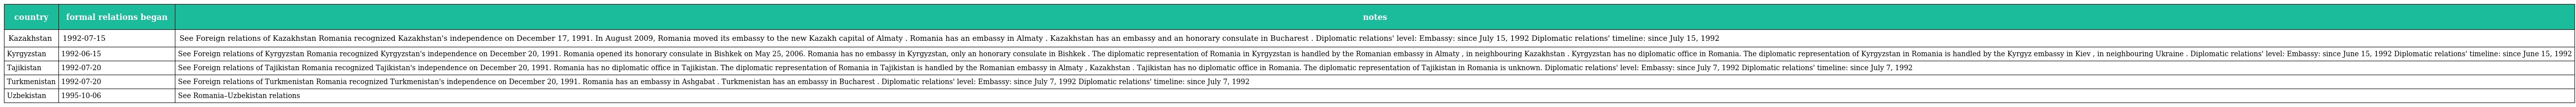
| country | formal relations began | notes |
 | --- | --- | --- |
 | Kazakhstan | 1992-07-15 | See Foreign relations of Kazakhstan Romania recognized Kazakhstan's independence on December 17, 1991. In August 2009, Romania moved its embassy to the new Kazakh capital of Almaty . Romania has an embassy in Almaty . Kazakhstan has an embassy and an honorary consulate in Bucharest . Diplomatic relations' level: Embassy: since July 15, 1992 Diplomatic relations' timeline: since July 15, 1992 |
 | Kyrgyzstan | 1992-06-15 | See Foreign relations of Kyrgyzstan Romania recognized Kyrgyzstan's independence on December 20, 1991. Romania opened its honorary consulate in Bishkek on May 25, 2006. Romania has no embassy in Kyrgyzstan, only an honorary consulate in Bishkek . The diplomatic representation of Romania in Kyrgyzstan is handled by the Romanian embassy in Almaty , in neighbouring Kazakhstan . Kyrgyzstan has no diplomatic office in Romania. The diplomatic representation of Kyrgyzstan in Romania is handled by the Kyrgyz embassy in Kiev , in neighbouring Ukraine . Diplomatic relations' level: Embassy: since June 15, 1992 Diplomatic relations' timeline: since June 15, 1992 |
 | Tajikistan | 1992-07-20 | See Foreign relations of Tajikistan Romania recognized Tajikistan's independence on December 20, 1991. Romania has no diplomatic office in Tajikistan. The diplomatic representation of Romania in Tajikistan is handled by the Romanian embassy in Almaty , Kazakhstan . Tajikistan has no diplomatic office in Romania. The diplomatic representation of Tajikistan in Romania is unknown. Diplomatic relations' level: Embassy: since July 7, 1992 Diplomatic relations' timeline: since July 7, 1992 |
 | Turkmenistan | 1992-07-20 | See Foreign relations of Turkmenistan Romania recognized Turkmenistan's independence on December 20, 1991. Romania has an embassy in Ashgabat . Turkmenistan has an embassy in Bucharest . Diplomatic relations' level: Embassy: since July 7, 1992 Diplomatic relations' timeline: since July 7, 1992 |
 | Uzbekistan | 1995-10-06 | See Romania–Uzbekistan relations |